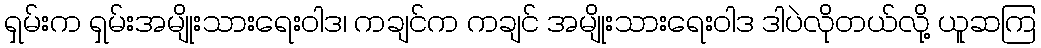
ရှမ်းက ရှမ်းအမျိုးသားရေးဝါဒ၊ ကချင်က ကချင် အမျိုးသားရေးဝါဒ ဒါပဲလိုတယ်လို့ ယူဆကြ